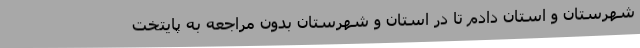
شهرستان و استان دادم تا در استان و شهرستان بدون مراجعه به پایتخت